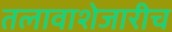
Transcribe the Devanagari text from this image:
तलावाशेजारीच